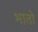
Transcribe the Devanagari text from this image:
भातो